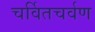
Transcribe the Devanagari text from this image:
चर्वितचर्वण